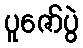
ပူဇော်ပွဲ